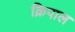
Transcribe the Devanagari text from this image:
क्रिपाल